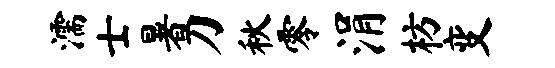
濡士暑刀秋零涓枋变